Lunatic asylums Madras 1877-1891 - 1877-1891
Year: 1877
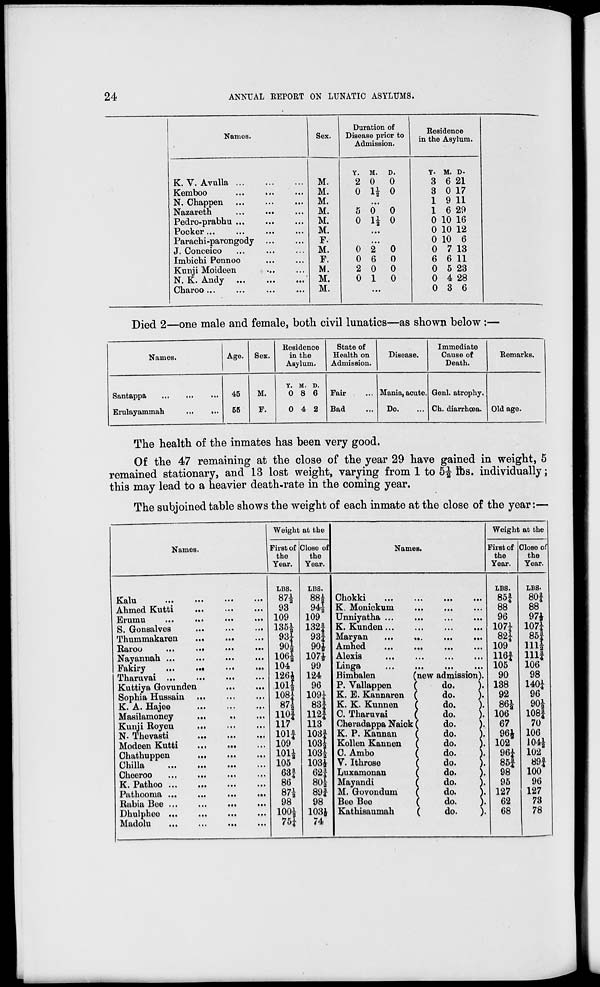
24
ANNUAL REPORT ON LUNATIC ASYLUMS.
Names.
K. V. Avulla ... ... ...
Kemboo ... ... ...
N. Chappen ... ... ...
Nazareth ... ... ...
Pedro-prabhu ... ... ...
Pocker ... ... ... ...
Parachi-pavongody ... ...
J. Conceico ... ... ...
Imbichi Pennoo ... ...
Kunji Moideen ... ...
N. K. Andy ... ... ...
Charoo ... ... ... ...
Sex.
M.
M.
M.
M.
M.
M.
F.
M.
F.
M.
M.
M.
Duration of
Disease prior to
Admission.
Y.
2
0
M.
0
1½
D.
0
0
...
5
0
0
1½
0
0
...
...
0
0
2
0
2
6
0
1
0
0
0
0
...
Residence
in the Asylum.
Y.
3
3
1
1
0
0
0
0
6
0
0
0
M.
6
0
9
6
10
10
10
7
6
5
4
3
D.
21
17
11
29
16
12
6
13
11
23
28
6
Died 2—one male and female, both civil lunatics—as shown below:—
Names.
Santappa ... ... ...
Erulayammah ... ...
Age.
45
55
Sex.
M.
F.
Residence
in the
Asylum.
Y.
0
0
M.
8
4
D.
6
2
State of
Health on
Admission.
Fair ...
Bad ...
Disease.
Mania, acute.
Do. ...
Immediate
Cause of
Death.
Genl. atrophy.
Ch. diarrhœa.
Remarks.
Old age.
The health of the inmates has been very good.
Of the 47 remaining at the close of the year 29 have gained in weight, 5
remained stationary, and 13 lost weight, varying from 1 to 5½ lbs, individually;
this may lead to a heavier death-rate in the coming year.
The subjoined table shows the weight of each inmate at the close of the year:—
Names.
Kalu ... ... ... ...
Ahmed Kutti ... ... ...
Erumu ... ... ... ...
S. Gonsalves ... ... ...
Thummakaren ... ... ...
Raroo ... ... ... ...
Nayannah ... ... ... ...
Fakiry ... ... ... ...
Tharuvai ... ... ... ...
Kuttiya Govunden ... ...
Sophia Hussain ... ... ...
K. A. Hajee ... ... ...
Masilamoney ... ... ...
Kunji Royen ... ... ...
N.Thevasti ... ... ...
Modeen Kutti ... ... ...
Chathuppen ... ... ...
Chilla ... ... ... ...
Cheeroo ... ... ... ...
K. Pathoo ... ... ... ...
Pathooma ... ... ... ...
Rabia Bee ... ... ... ...
Dhulphee ... ... ... ...
Madolu ... ... ... ...
Weight at the
First of
the
Year.
LBS.
87½
93
109
135½
93¼
90½
106½
104
126½
101½
108¼
87½
110¾
117
101¾
109
101½
105
63¾
86
87½
98
100½
75¼
Close of
the
Year.
LBS.
88½
94½
109
132¾
93¾
90½
107½
99
124
96
109¼
83¾
112¾
113
103¾
103½
103½
103½
62¾
80½
89¾
98
103½
74
Names.
Chokki
...
...
...
...
K. Monickum ... ... ...
Unniyatha ... ... ... ...
K. Kunden ... ... ... ...
Maryan
...
...
...
...
Amhed ... ... ... ...
Alexis
...
...
...
...
Linga ... ... ... ...
Bimbalen
(new admission).
P. Vallappen
(
do.).
K. E. Kannaren
(do.).
K. K. Kunnen
(do.).
C.Tharuvai
(do.).
Cheradappa Naick (do.).
K. P. Kaunan
(do.).
Kollen Kannen
(do.).
C. Ambo
(do.).
V. Ithrose
(do.).
Luxamonan
(do.).
Mayandi
(do.).
M. Govondum
(do.).
Bee Bee
(do.).
Kathisaumah
(do.).
Weight at the
First of
the
Year.
LBS.
85¾
88
96
107¼
82¼
109
116¾
105
90
138
92
86½
106
67
96½
102
96¼
85¾
98
95
127
62
68
Close of
the
Year.
LBS.
80¾
88
97½
107¼
85¾
111½
111¾
106
98
140¼
96
90½
108¾
70
106
104½
102
89¾
100
96
127
73
78